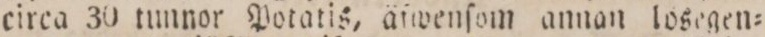
circa 30 tunnor Potatis, äſwenſom annan losegen=